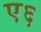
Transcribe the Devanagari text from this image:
ए६